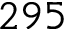
2 9 5